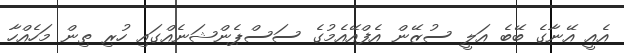
އެއީ އޭނާގެ ބޭބެ އަލީ ސުޒޭން އެފްއޭއެމުގެ ސަސްޕެންޝަނެއްގައި ހުރި ތިން މަހެއްހާ